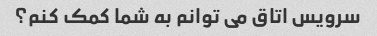
سرویس اتاق می توانم به شما کمک کنم؟